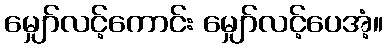
မျှော်လင့်ကောင်း မျှော်လင့်ပေအံ့။